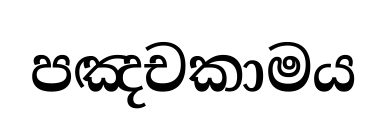
පඤචකාමය